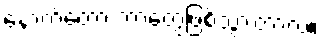
နောက်တော့ ဘာတွေဖြစ်သွားတာလဲ။